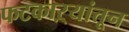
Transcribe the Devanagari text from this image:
फटकाऱ्यांतून